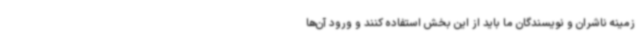
زمینه ناشران و نویسندگان ما باید از این بخش استفاده کنند و ورود آن‌ها